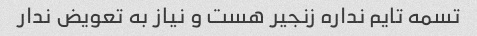
تسمه تایم نداره زنجیر هست و نیاز به تعویض ندار